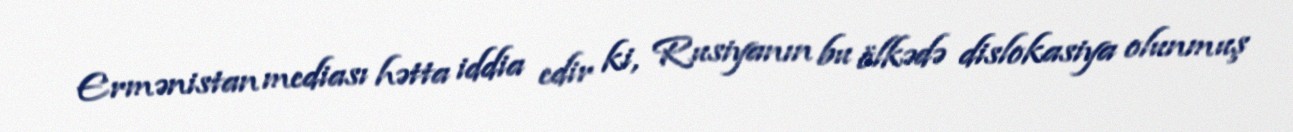
Ermənistan mediası hətta iddia edir ki, Rusiyanın bu ölkədə dislokasiya olunmuş